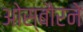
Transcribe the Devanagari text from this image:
ओस्बौरने